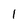
Character: 1